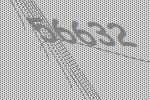
56632